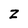
Character: Z